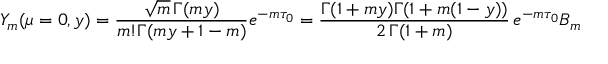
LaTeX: Y _ { m } ( \mu = 0 , y ) = \frac { \sqrt { m } \, \Gamma ( m y ) } { m ! \Gamma ( m y + 1 - m ) } e ^ { - m \tau _ { 0 } } = \frac { \Gamma ( 1 + m y ) \Gamma ( 1 + m ( 1 - y ) ) } { 2 \, \Gamma ( 1 + m ) } \, e ^ { - m \tau _ { 0 } } B _ { m }